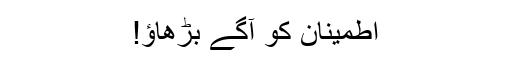
اطمینان کو آگے بڑھاؤ!